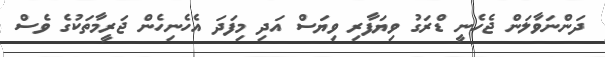
ދަންނަވާލަން ޖެހެނީ ޑްރަގު ވިޔަފާރި ވިޔަސް އަދި މިފަދަ އެހެނިހެން ޖަރީމާތަކުގެ ވެސް